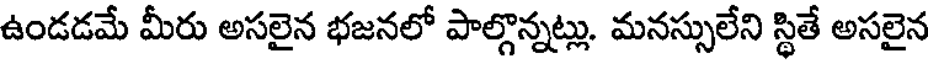
ఉండడమే మీరు అసలైన భజనలో పాల్గొన్నట్లు. మనస్సులేని స్థితే అసలైన